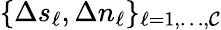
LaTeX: \{ \Delta s_{\ell},\Delta n_{\ell}\} _{\ell=1,\dots,\mathcal{C}}